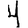
Digit: 4